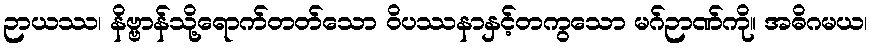
ဉာယဿ၊ နိဗ္ဗာန်သို့ရောက်တတ်သော ဝိပဿနာနှင့်တကွသော မဂ်ဉာဏ်ကို။ အဓိဂမယ၊